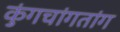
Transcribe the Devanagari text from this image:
कुंगचांगतांग